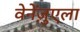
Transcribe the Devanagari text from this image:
वेनेंज़ुएला